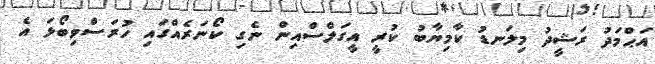
އަޙްމަދު ރަޝީދު މިލަނޑު ކާމިޔާބު ކުރީ އީގަލްސްއިން ނެގި ކޯނަރެއްގައި ހުރަސްވިބޯޅަ އެ